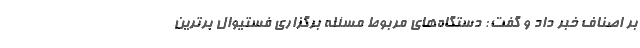
بر اصناف خبر داد و گفت: دستگاه‌های مربوط مسئله برگزاری فستیوال برترین